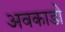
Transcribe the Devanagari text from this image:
अवकाडाे